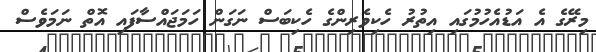
މިރޭގެ އެ އަޑުއެހުމުގައި އިތުރު ހެކިވެރިންގެ ހެކިބަސް ނަގަން ހަމަޖައްސާފައި އޮތް ނަމަވެސް